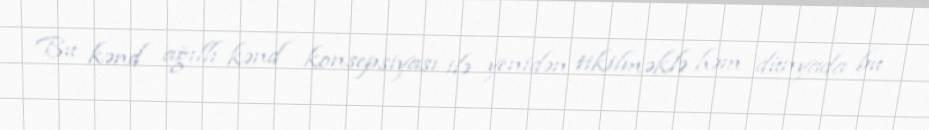
Bu kənd ağıllı kənd konsepsiyası ilə yenidən tikilməklə həm dünyada bu